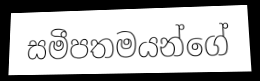
සමීපතමයන්ගේ